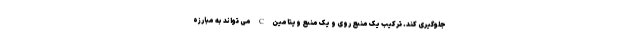
جلوگیری کند. ترکیب یک منبع روی و یک منبع ویتامین C می تواند به مبارزه